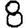
Digit: 8